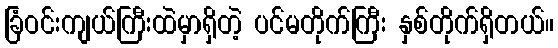
ခြံဝင်းကျယ်ကြီးထဲမှာရှိတဲ့ ပင်မတိုက်ကြီး နှစ်တိုက်ရှိတယ်။